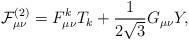
LaTeX: \begin{align*}{\mathcal{F}}_{\mu\nu}^{(2)}=F_{\mu\nu}^kT_{k}+\frac{1}{2\sqrt{3}}G_{\mu\nu}Y,\end{align*}